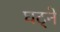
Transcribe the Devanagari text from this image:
घट्ने